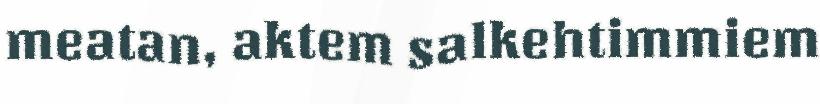
meatan, aktem salkehtimmiem